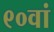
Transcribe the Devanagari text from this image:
९०वां